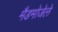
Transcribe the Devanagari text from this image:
मैडमोजेले